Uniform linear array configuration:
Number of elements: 64
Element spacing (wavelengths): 1
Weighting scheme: hann
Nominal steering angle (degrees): -30
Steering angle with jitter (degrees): -28.031
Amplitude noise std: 0.05
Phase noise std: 0.05

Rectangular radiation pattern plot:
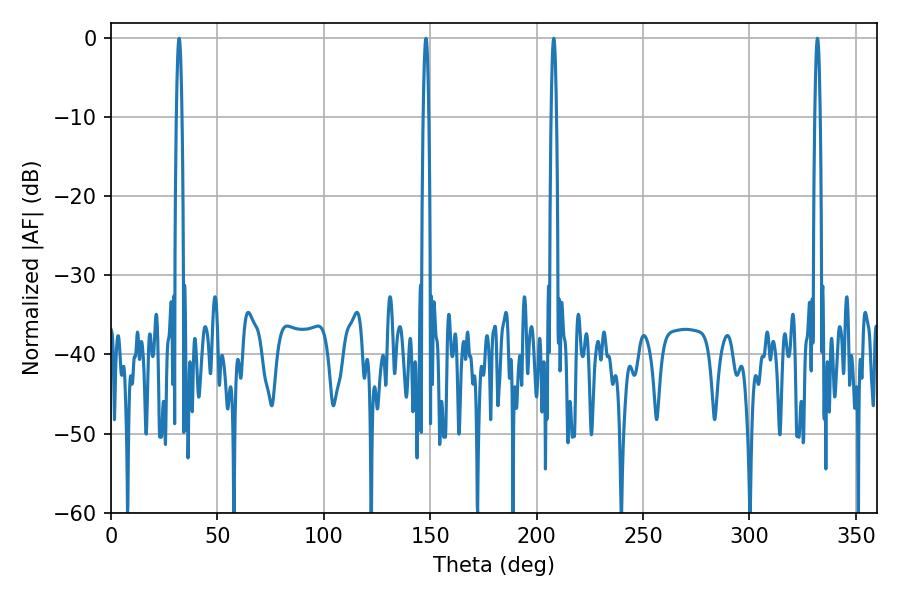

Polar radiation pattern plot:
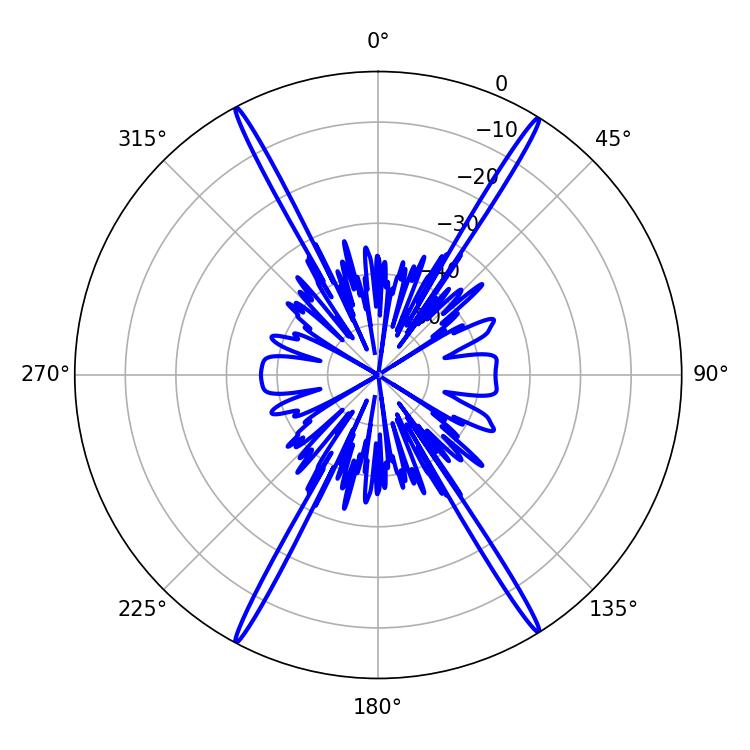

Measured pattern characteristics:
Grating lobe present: TRUE
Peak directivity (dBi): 26.496
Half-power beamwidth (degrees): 1.44
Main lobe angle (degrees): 32.04